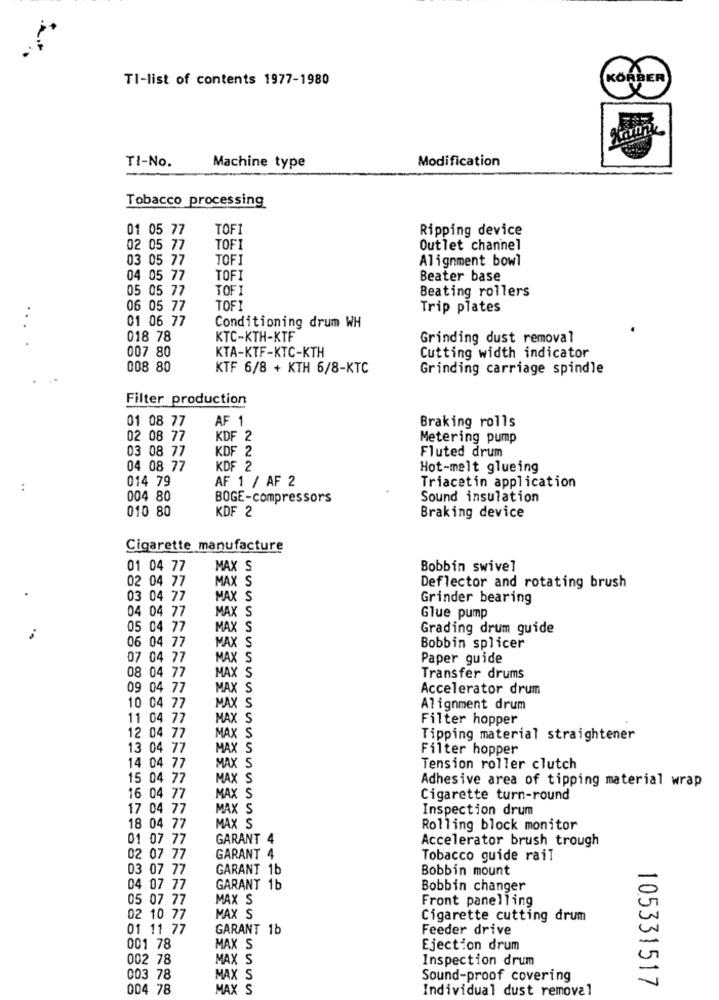
TI-list of contents 1977-1980
KÖRBER
TI-No.
Modification
Machine type
Tobacco processing
01 05 77
TOFI
Ripping device
02 05 77
TOFI
Outlet channel
03 05 77
TOFI
Alignment bowl
04 05 77
TOFI
Beater base
05 05 77
TOFI
Beating rollers
06 05 77
TOFI
Trip plates
01 06 77
Conditioning drum WH
018 78
KTC-KTH-KTF
Grinding dust removal
007 80
KTA-KTF-KTC-KTH
Cutting width indicator
008 80
KTF 6/8 + KTH 6/8-KTC
Grinding carriage spindle
Filter production
AF 1
01 08 77
Braking rolls
02 08 77
KDF 2
Metering pump
KDF 2
03 08 77
Fluted drum
04 08 77
KDF 2
Hot-melt glueing
:
014 79
AF 1 / AF 2
Triacetin application
004 80
BOGE-compressors
Sound insulation
010 80
KDF 2
Braking device
Cigarette manufacture
01 04 77
MAX
Bobbin swivel
02 04 77
MAX S
Deflector and rotating brush
03 04 77
MAX S
Grinder bearing
04 04 77
MAX S
Glue pump
05 04 77
MAX S
Grading drum guide
MAX S
06 04 77
Bobbin splicer
07 04 77
MAX S
Paper guide
MAX S
08 04 77
Transfer drums
09 04 77
MAX S
Accelerator drum
MAX S
10 04 77
Alignment drum
11 04 77
MAX S
Filter hopper
12 04 77
MAX S
Tipping material straightener
13 04 77
MAXS
Filter hopper
14 04 77
‹ S
Tension roller clutch
15 04 77
MAX S
Adhesive area of tipping material wrap
16 04 77
MAX S
Cigarette turn-round
17 04 77
MAX S
Inspection drum
18 04 77
MAX S
Rolling block monitor
01 07 77
GARANT 4
Accelerator brush trough
02 07 77
GARANT 4
Tobacco guide rail
03 07 77
GARANT 1b
Bobbin mount
04 07 77
GARANT 1b
Bobbin changer
05 07 77
MAX S
Front panelling
02 10 77
MAX S
Cigarette cutting drum
01 11 77
GARANT 1b
Feeder drive
001 78
MAX S
Ejection drum
002 78
MAX S
Inspection drum
003 78
MAX S
Sound-proof covering
105331517
004 78
MAX S
Individual dust removal